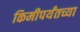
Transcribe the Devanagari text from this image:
किमीपर्यंतच्या